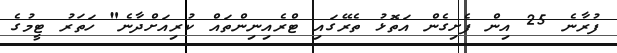
ފުރާނެ 25 އިން ފެށިގެން އަތޮޅު ތެރޭގައި ޓްރެއިނިންތައް ކުރިއަށްދާނެ" ހަތަރު ޓީމުގެ